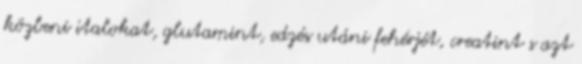
közbeni italokat, glutamint, edzés utáni fehérjét, creatint s azt